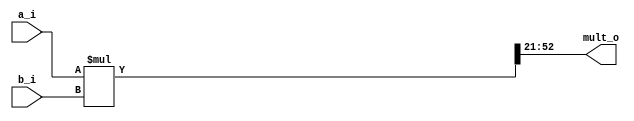
// Name: mult.v
//
// Fixed point multiplier A(a , b ) = A(10,21)
//                        M(ap, bp) = M(21,42)
//						  left_lim  = bp + a = 42 + 10 = 52
//						  right_lim	= bp - b = 42 - 21 = 21

module mult #(
  parameter Width = 32
) (
  input  signed [Width-1:0] a_i,
  input  signed [Width-1:0] b_i,
  output signed [Width-1:0] mult_o
);

  wire [Width*2-1:0] temp;

  assign temp = a_i * b_i; 
  assign mult_o = temp[52:21];		

endmodule